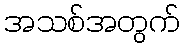
အသစ်အတွက်